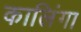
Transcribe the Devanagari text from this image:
कालिंगा